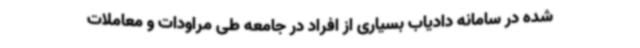
شده در سامانه دادیاب بسیاری از افراد در جامعه طی مراودات و معاملات